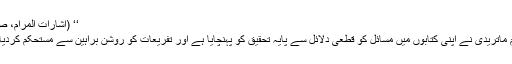
‘‘ (اِشارات المرام، ص:۲)
’’امام ماتریدیؒ نے اپنی کتابوں میں مسائل کو قطعی دلائل سے پایہ تحقیق کو پہنچایا ہے اور تفریعات کو روشن براہین سے مستحکم کردیا ہے۔